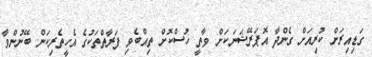
ގަޑިއިރަށް ކުރިއަށް ގެންދާ އޮޕަރޭޝަނަކަށް ވާތީ ހުސްކޮށް ތިއްބެވި ފަރާތްތަކުގެ އެހީތެރިކަން ބޭނުންވާ